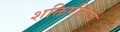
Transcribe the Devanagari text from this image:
शक्तिपीठांचे